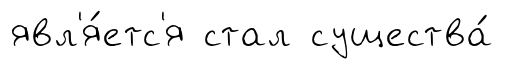
явл'я́етс'я стал существа́